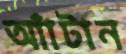
আঁাটান